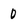
Character: 0